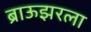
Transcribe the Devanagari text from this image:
ब्राऊझरला